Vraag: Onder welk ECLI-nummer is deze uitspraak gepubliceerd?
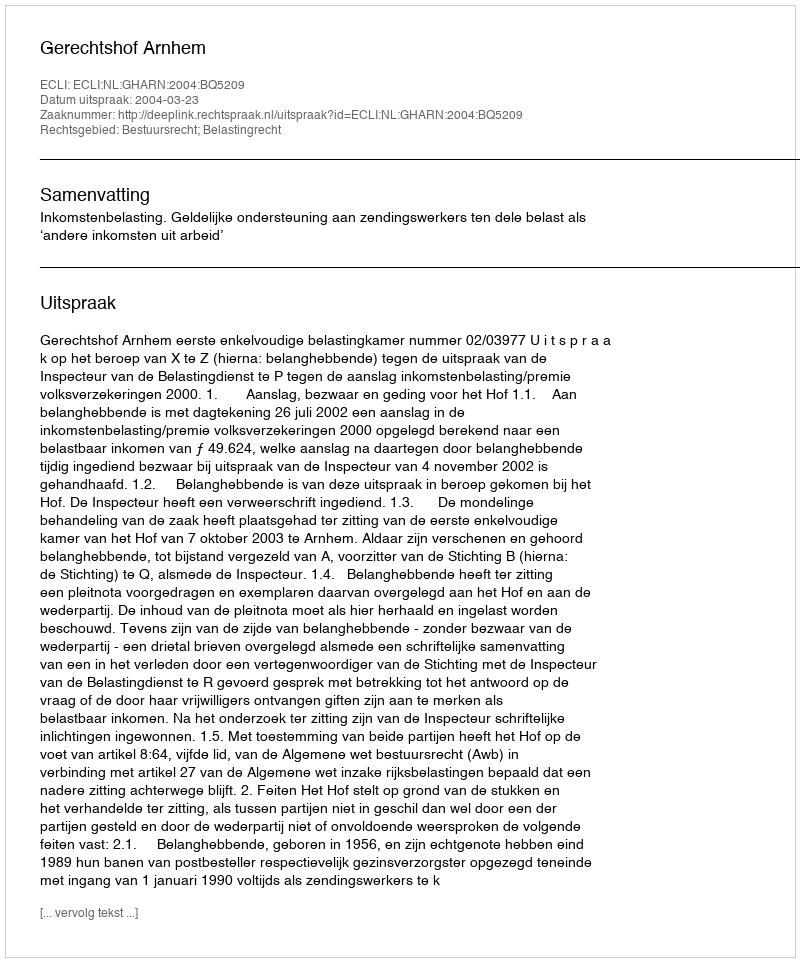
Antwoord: ECLI:NL:GHARN:2004:BQ5209